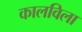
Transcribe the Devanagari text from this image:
कालविला